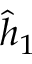
\hat { h } _ { 1 }